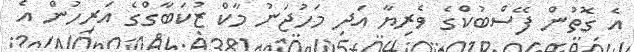
އެ ގޮތުން ފޭސްބުކްގެ ވެރިޔާ އަދި މަހުޖަނު މާކް ޒުކަބާގްގެ އަރިހުން އެ